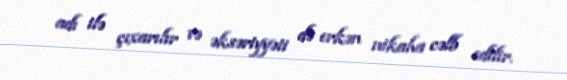
adı ilə çıxarılır və əksəriyyəti də erkən nikaha cəlb edilir.